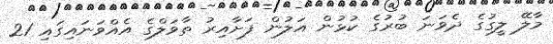
މާލޭ ލީގުގެ ދެވަނަ ބުރުގެ ކުޅުން އަލުން ފަށާއިރު ތާވަލްގެ އެއްވަނައިގައި 21